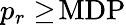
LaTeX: p_{r}\ge\! \mathrm{MDP}